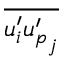
\overline { { u _ { i } ^ { \prime } { u _ { p } ^ { \prime } } _ { j } } }